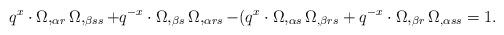
LaTeX: \begin{align*}q^x \cdot \Omega,_{\alpha r} \Omega,_{\beta ss} + q^{-x} \cdot \Omega,_{\beta s} \Omega,_{\alpha r s} - (q^x \cdot \Omega,_{\alpha s} \Omega_{, \beta r s} + q^{-x} \cdot \Omega, _{\beta r}\Omega_{, \alpha s s} = 1.\end{align*}